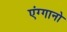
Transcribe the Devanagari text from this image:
एंग्गानो